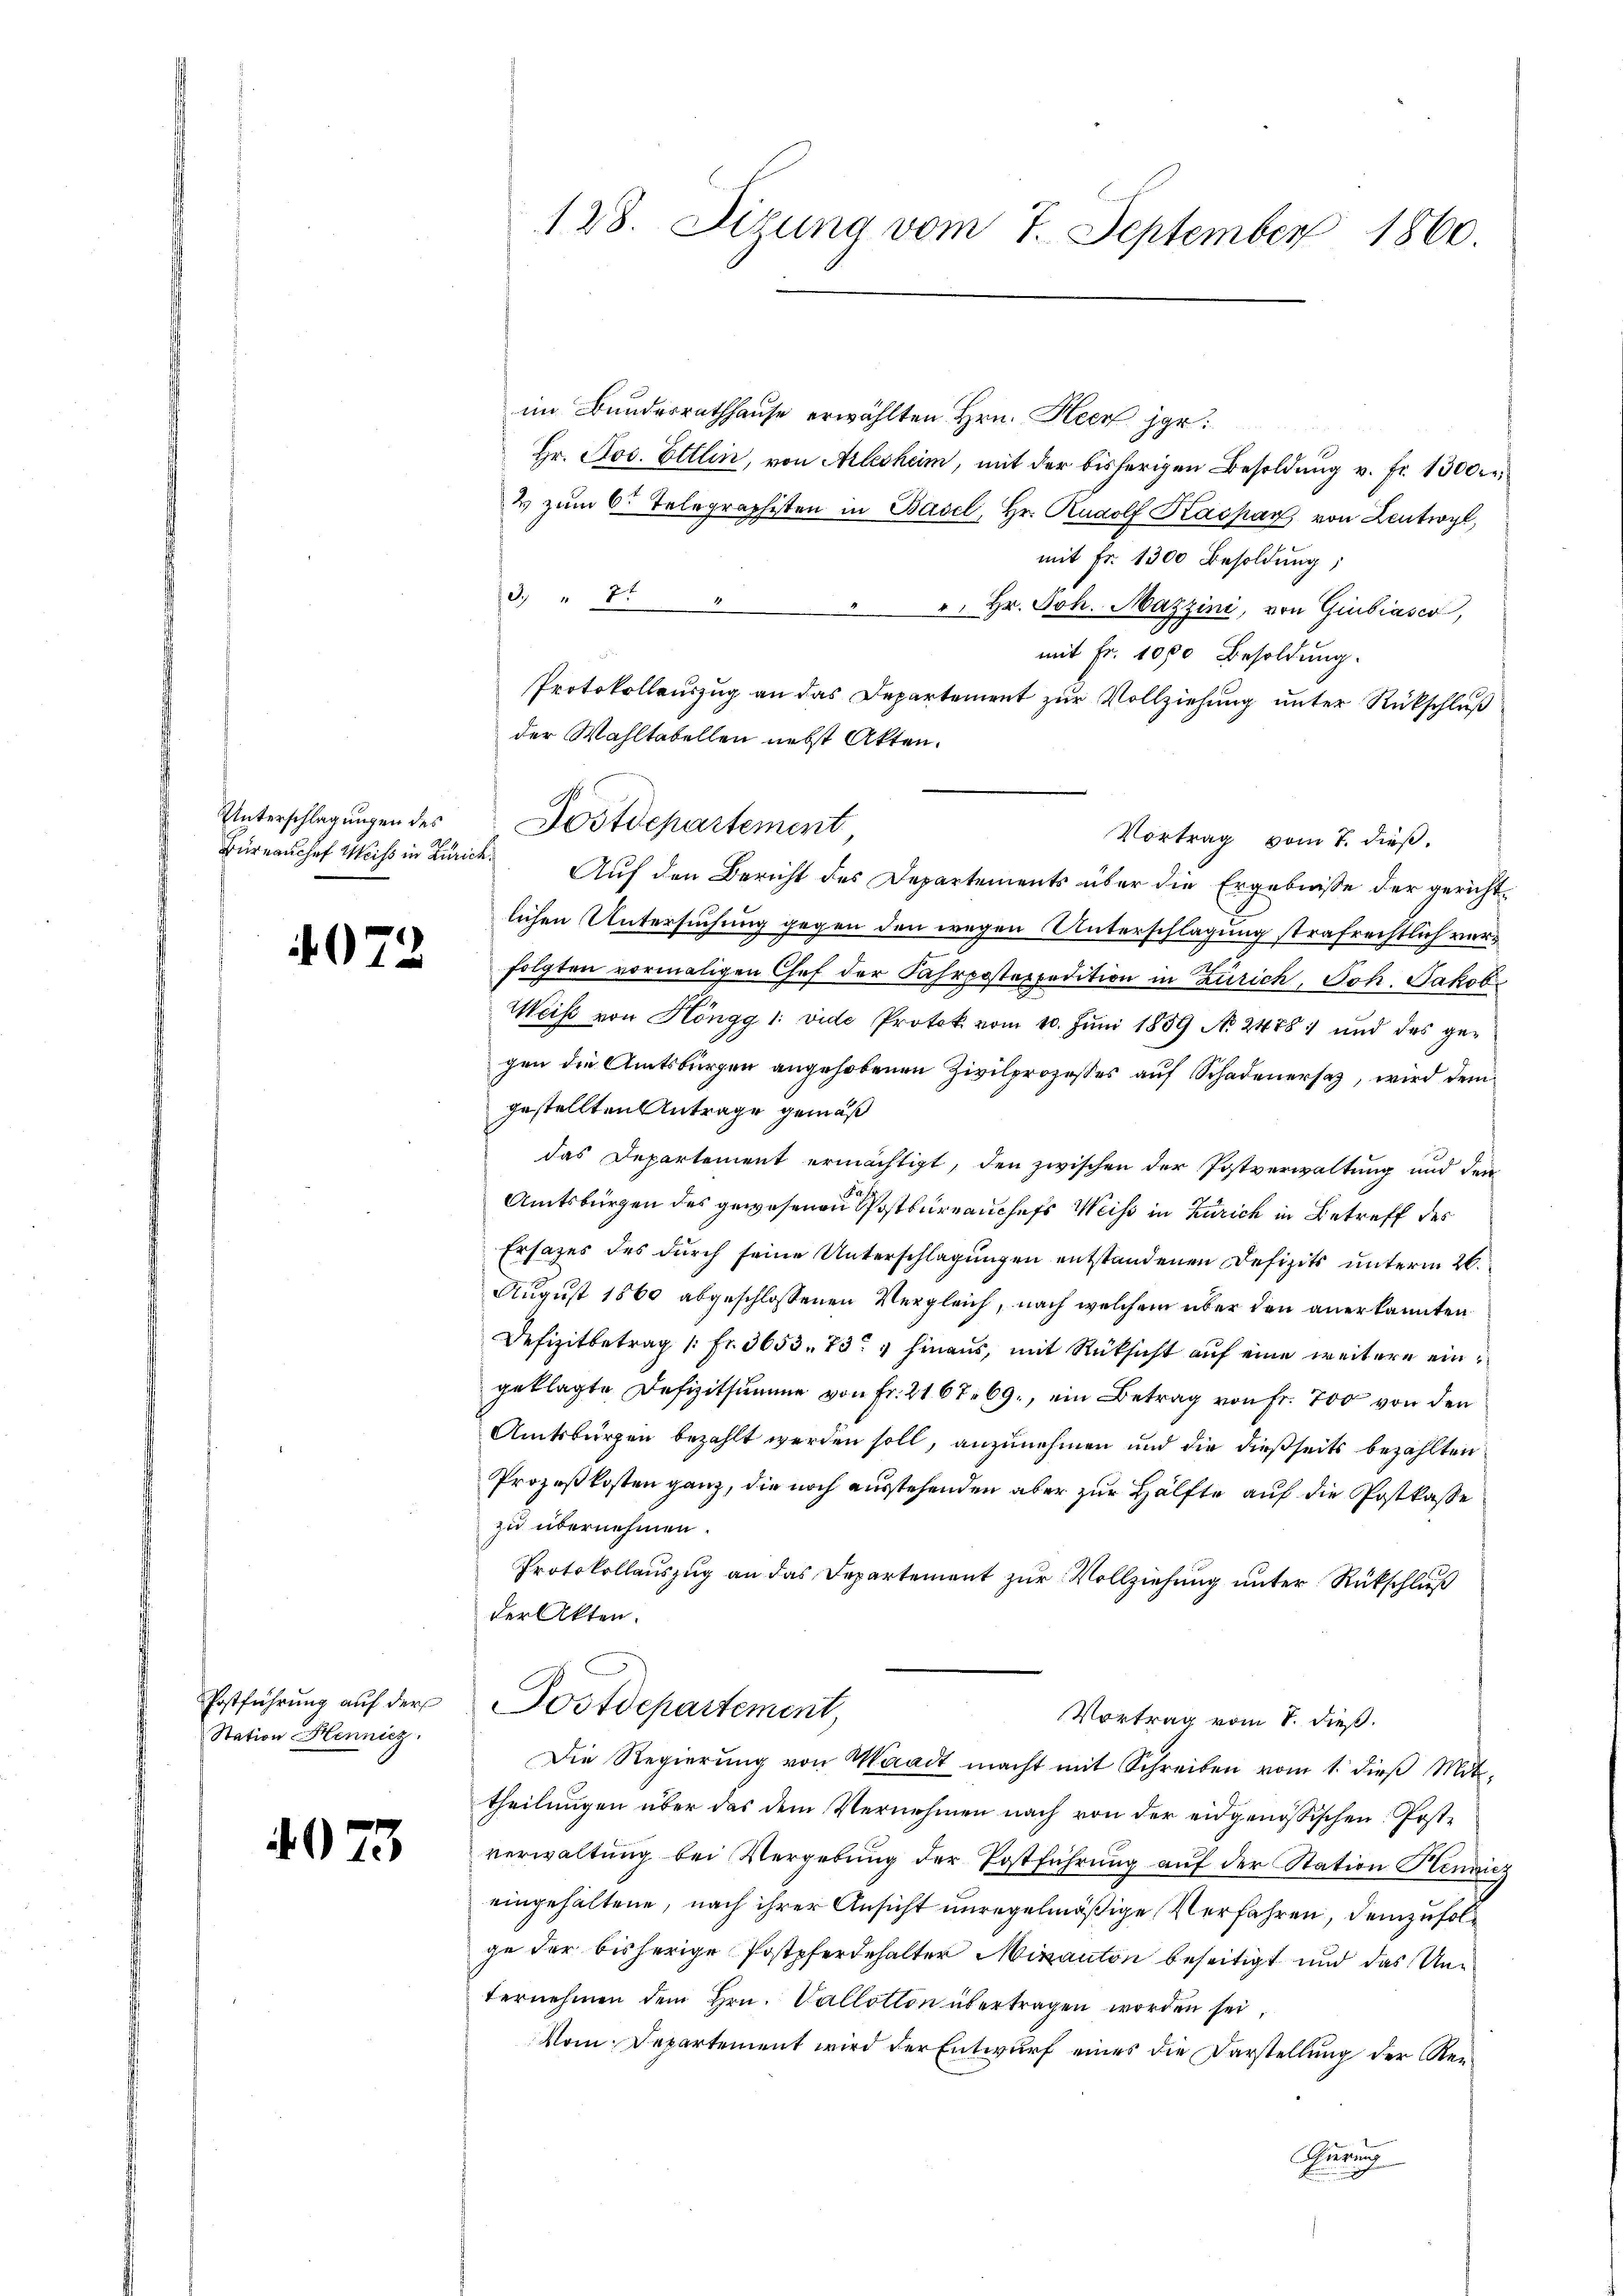
Unterschlagungen des
Büreauchef Weiss in Zürich

4072

Postführung auf der
Station Hennicz

4073

128. Sizung vom 7. September 1860.

im Bunderrathhause erwählten Hrn. Heck Hor¬
Hr. Jos. Ettlin, von Arlesheim, mit der bisherigen Besoldung v. fr. 1300.
& zŭm 6. Telegraphisten in Basel, Hr. Rudolf Kaspar von Leutwyl,
mit Fr. 1300 Besoldŭng,
3. " 21
". Hr. Joh. Mazzini, von Giubiasco,
mit Fr. 1000 Besoldung.
Vortrag vom 7. dieß.
Auf den Bericht des Departements über die Ergebniße der gerichtlichen Untersuchung gegen den wegen Unterschlagung strafrechtlich verfolgten vormaligen Chef der Fahrpostexpedition in Zürich, Joh. Jakob
Weise von Höngg 1: vide Protok vom 10. Jŭni 1859 No 2478. und des ge-
gen die Amtsbürgen angehobenen Zivilprozesses auf Schadenersaz, wird dem
gestellten Antrage gemäß
das Departement ermächtigt, den zwischen der Postverwaltung und den
Amtsbürgen des gewesenen ostburrauchefs Weiss in Zürich in Betreff des
Ersatzes des durch seine Unterschlagungen entstandenen Defizits unterm 26.
August 1860 abgeschlossenen Vergleich, nach welchem über den anerkannten
Defizitbetrag [Fr. 3653. 737 hinaus, mit Rüksicht auf eine weitere eingeklagte Defizitsumme von Fr. 2167. 69., ein Betrag von Fr. 700 von den
Amtsbürgen bezahlt werden soll, anzunehmen und die dießseits bezahlten
Prozeßkosten ganz, die noch ausstehenden aber zur Hälfte auf die Postkasse
zu übernehmen.
Protokollauszug an das Departement zur Vollziehung unter Rückschluß
der Akten.
Postdepartement,
Vortrag vom 8. dieß.
Die Regierŭng von Waadt macht mit Schreiben vom 1. dieβ Mit
theilungen über das dem Vernehmen nach von der eidgenössischen Postverwaltŭng bei Vergebŭng der Postführŭng aŭf der Station Hennicz
eingehaltene, nach ihrer Ansicht unregelmäßige Verfahren, demzufolge der bisherige Postpferdehalter Mitanton beseitigt und das Unternehmen dem Hrn. Vallotion übertragen worden sei,
Vom Departement wird der Entwurf eines die Darstellung der Re¬
Gerung

Protokollauszug an das Departement zur Vollziehung unter Rückschluß
der Wahltabellen nebst Akten.
Dostdepartement.